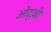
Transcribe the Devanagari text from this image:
ओट्ज़ी